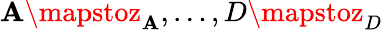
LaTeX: \mathbf{A}\mapstoz_{\mathbf{A}},\ldots,D\mapstoz_{D}